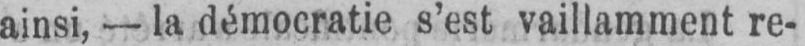
ainsi, - la démocratie s’est vaillamment re-